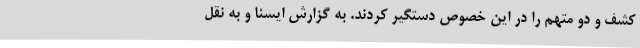
کشف و دو متهم را در این خصوص دستگیر کردند. به گزارش ایسنا و به نقل